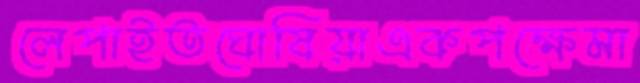
লেপাইতঘোষিয়াএকপক্ষেমা